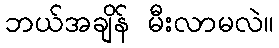
ဘယ်အချိန် မီးလာမလဲ။